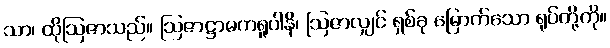
သာ၊ ထိုဩဇာသည်။ ဩဇာဋ္ဌာမကရူပါနိ၊ ဩဇာလျှင် ရှစ်ခု မြောက်သော ရုပ်တို့ကို။